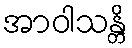
အာဝါသန္တိ